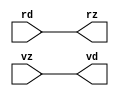
module mgc_bsync_rv (rd, vd, rz, vz);
    parameter integer rscid   = 0; 
    parameter ready = 1;
    parameter valid = 1;
    input  rd;
    output vd;
    output rz;
    input  vz;
    wire   vd;
    wire   rz;
    assign rz = rd;
    assign vd = vz;
endmodule